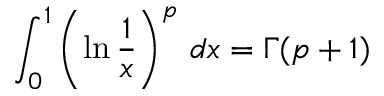
\int _ { 0 } ^ { 1 } \left( \ln { \frac { 1 } { x } } \right) ^ { p } \, d x = \Gamma ( p + 1 )